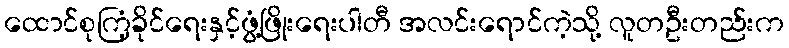
ထောင်စုကြံ့ခိုင်ရေးနှင့်ဖွံ့ဖြိုးရေးပါတီ အလင်းရောင်ကဲ့သို့ လူတဦးတည်းက